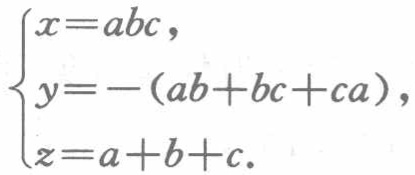
\[
\begin{cases}
x = abc, \\
y = -(ab + bc + ca), \\
z = a + b + c.
\end{cases}
\]